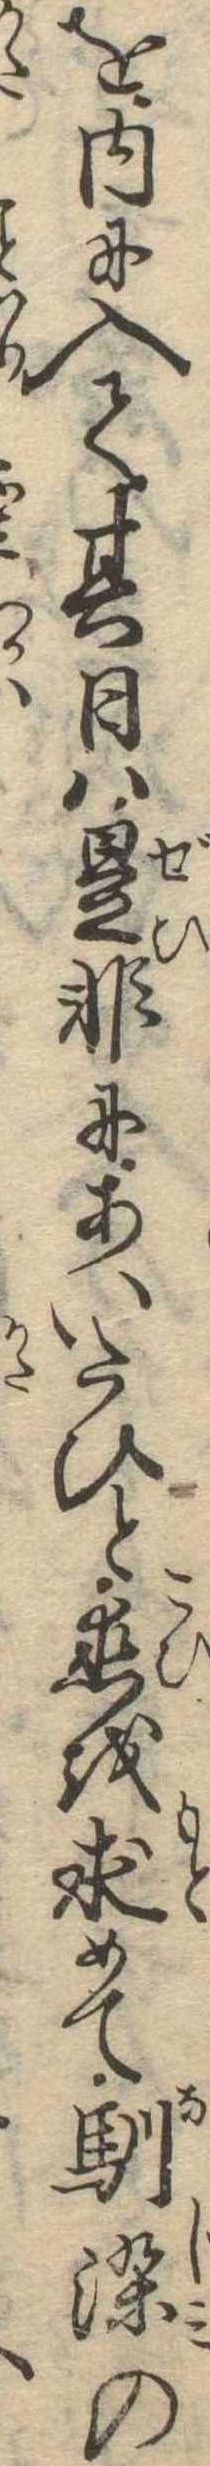
を内に入て其日は是非にあいたひと恋を求めて馴染の